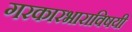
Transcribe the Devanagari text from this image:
गरकारभाराविषयी